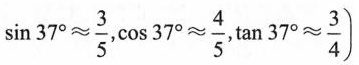
$$\sin 37 ^ { \circ } \approx \frac { 3 } { 5 }$$，$$\cos 37 ^ { \circ} \approx